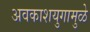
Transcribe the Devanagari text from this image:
अवकाशयुगामुळे